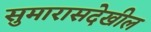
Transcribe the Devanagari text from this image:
सुमारासदेखील